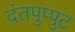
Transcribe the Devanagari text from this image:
दंतपुप्पुट